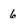
Character: 6